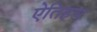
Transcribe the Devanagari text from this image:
ऐतिहय